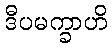
ဒီပမက္ခာဟိ